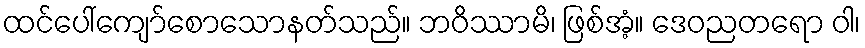
ထင်ပေါ်ကျော်စောသောနတ်သည်။ ဘဝိဿာမိ၊ ဖြစ်အံ့။ ဒေဝညတရော ဝါ၊